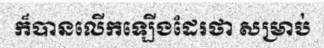
ក៏បានលើកឡើងដែរថា សម្រាប់